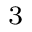
^ 3